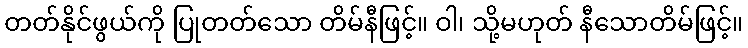
တတ်နိုင်ဖွယ်ကို ပြုတတ်သော တိမ်နီဖြင့်။ ဝါ၊ သို့မဟုတ် နီသောတိမ်ဖြင့်။